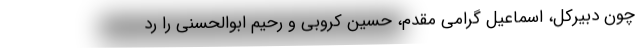
چون دبیرکل، اسماعیل گرامی مقدم، حسین کروبی و رحیم ابوالحسنی را رد